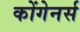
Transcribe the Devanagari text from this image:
कोंगेनर्स